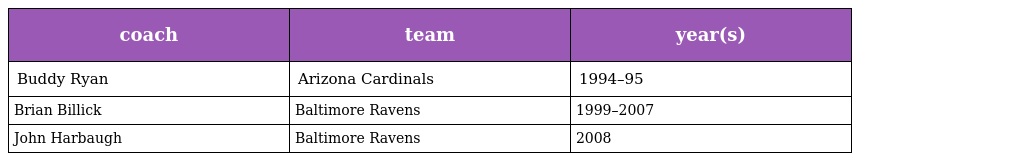
| coach | team | year(s) |
 | --- | --- | --- |
 | Buddy Ryan | Arizona Cardinals | 1994–95 |
 | Brian Billick | Baltimore Ravens | 1999–2007 |
 | John Harbaugh | Baltimore Ravens | 2008 |